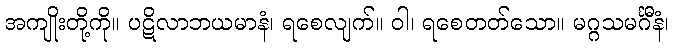
အကျိုးတို့ကို။ ပဋိလာဘယမာနံ၊ ရစေလျက်။ ဝါ၊ ရစေတတ်သော။ မဂ္ဂသမင်္ဂီနံ၊